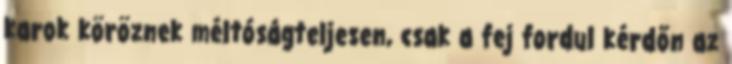
karok köröznek méltóságteljesen, csak a fej fordul kérdőn az